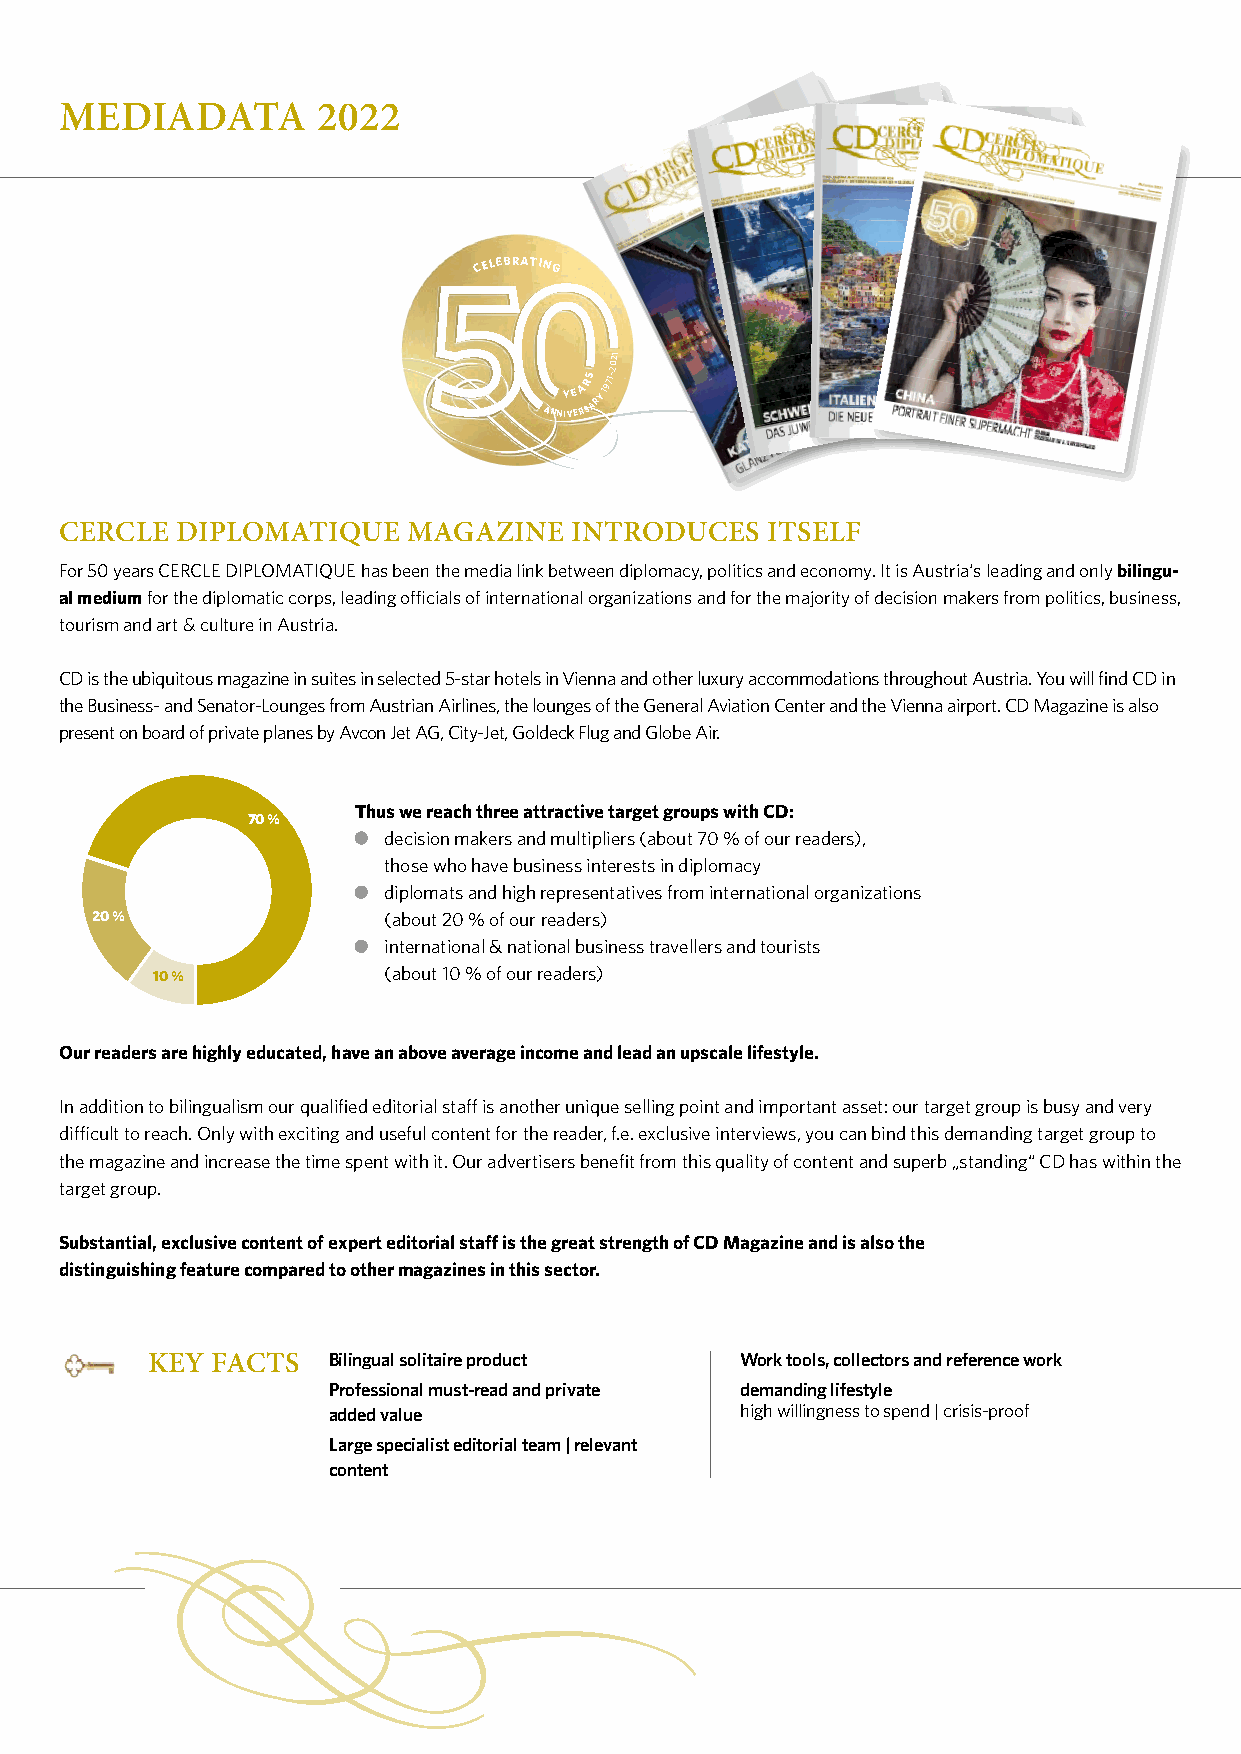
MEDIADATA        2022
 CELEBRATING
 ANNY IVE
 ERARS
 SARY1971–2021
 CERCLE  DIPLOMATIQUE   MAGAZINE   INTRODUCES   ITSELF
 For 50 years CERCLE DIPLOMATIQUE has been the media link between diplomacy, politics and economy. It is Austria‘s leading and only bilingu-
 al medium for the diplomatic corps, leading officials of international organizations and for the majority of decision makers from politics, business,
 tourism and art & culture in Austria.
 CD is the ubiquitous magazine in suites in selected 5-star hotels in Vienna and other luxury accommodations throughout Austria. You will find CD in
 the Business- and Senator-Lounges from Austrian Airlines, the lounges of the General Aviation Center and the Vienna airport. CD Magazine is also
 present on board of private planes by Avcon Jet AG, City-Jet, Goldeck Flug and Globe Air.
 Thus we reach three attractive target groups with CD:
 70%
 decision makers and multipliers (about 70 % of our readers),
 those who have business interests in diplomacy
 diplomats and high representatives from international organizations
 20%                (about 20 % of our readers)
 international & national business travellers and tourists
 10%            (about 10 % of our readers)
 Our readers are highly educated, have an above average income and lead an upscale lifestyle.
 In addition to bilingualism our qualified editorial staff is another unique selling point and important asset: our target group is busy and very
 difficult to reach. Only with exciting and useful content for the reader, f.e. exclusive interviews, you can bind this demanding target group to
 the magazine and increase the time spent with it. Our advertisers benefit from this quality of content and superb „standing“ CD has within the
 target group.
 Substantial, exclusive content of expert editorial staff is the great strength of CD Magazine and is also the
 distinguishing feature compared to other magazines in this sector.
 KEY FACTS   Bilingual solitaire product Work tools, collectors and reference work
 Professional must-read and private demanding lifestyle
 added value                high willingness to spend | crisis-proof
 Large specialist editorial team | relevant
 content